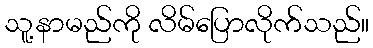
သူ့နာမည်ကို လိမ်ပြောလိုက်သည်။